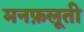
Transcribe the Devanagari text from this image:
मनफ़लूती